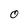
Character: O